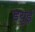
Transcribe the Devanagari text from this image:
डयुई